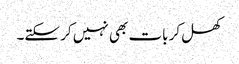
کھل کر بات بھی نہیں کر سکتے۔